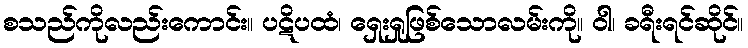
စသည်ကိုလည်းကောင်း။ ပဋိပထံ၊ ရှေးရှုဖြစ်သောလမ်းကို။ ဝါ၊ ခရီးရင်ဆိုင်။